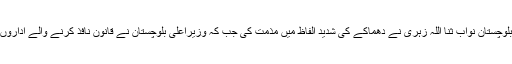
دوسری جانب وزیراعظم شاہد خاقان عباسی اور وزیراعلیٰ بلوچستان نواب ثنا اللہ زہری نے دھماکے کی شدید الفاظ میں مذمت کی جب کہ وزیراعلیٰ بلوچستان نے قانون نافذ کرنے والے اداروں کو ملزمان کو فوری طور پر گرفتار کرنے کی ہدایت کی۔